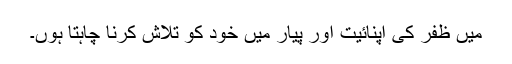
میں ظفر کی اپنائیت اور پیار میں خود کو تلاش کرنا چاہتا ہوں۔